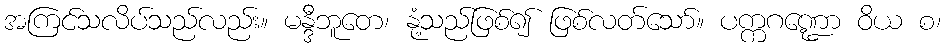
အကြင်သလိပ်သည်လည်း။ မန္ဒီဘူတေ၊ နုံ့သည်ဖြစ်၍ ဖြစ်လတ်သော်။ ပက္ကဂဏ္ဍော ဝိယ စ၊